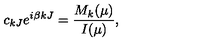
c _ { k J } e ^ { i \beta k J } = \frac { M _ { k } ( \mu ) } { I ( \mu ) } ,